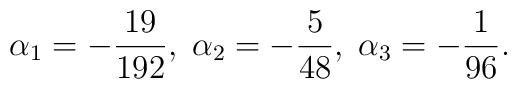
\alpha _{1}=-\frac{19}{192},\;\alpha _{2}=-\frac{5}{48},\;\alpha_{3}=-\frac{1}{96}.